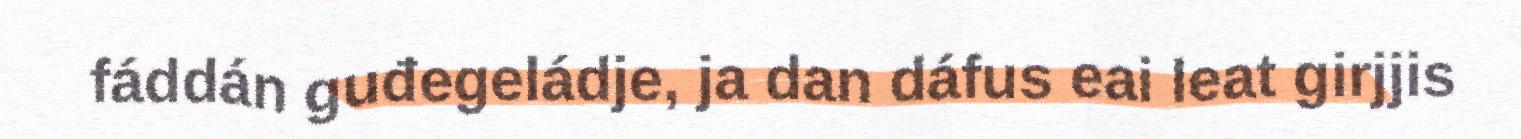
fáddán guđegeládje, ja dan dáfus eai leat girjjis